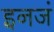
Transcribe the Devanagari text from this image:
इनजं